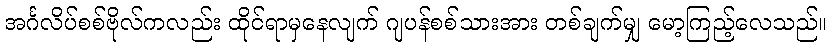
အင်္ဂလိပ်စစ်ဗိုလ်ကလည်း ထိုင်ရာမှနေလျက် ဂျပန်စစ်သားအား တစ်ချက်မျှ မော့ကြည့်လေသည်။